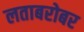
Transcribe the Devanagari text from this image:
लताबरोबर